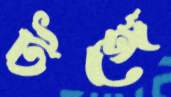
টঙ্গে